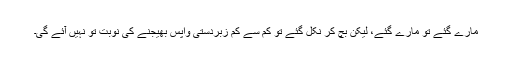
مارے گئے تو مارے گئے، لیکن بچ کر نکل گئے تو کم سے کم زبردستی واپس بھیجنے کی نوبت تو نہیں آئے گی۔